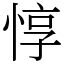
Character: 惇